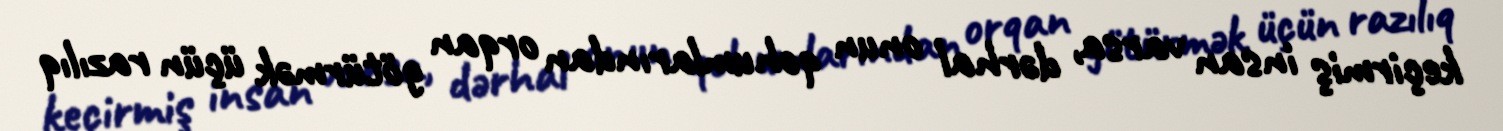
keçirmiş insan varsa, dərhal onun qohumlarından orqan götürmək üçün razılıq